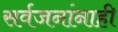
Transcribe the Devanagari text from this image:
सर्वजनांनाही